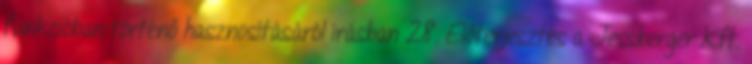
funkcióban történő hasznosításáról írásban 28. Előterjesztés a Jessberger Kft.